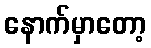
နောက်မှာတော့